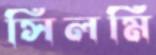
সিলমি